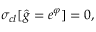
\sigma _ { c l } [ \hat { g } = e ^ { \varphi } ] = 0 ,